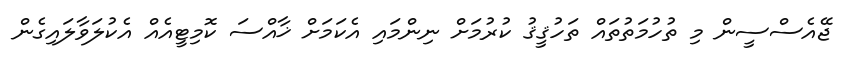
ޖޭއެސްސީން މި ތުހުމަތުތައް ތަހުޤީޤު ކުރުމަށް ނިންމައި އެކަމަށް ޚާއްސަ ކޮމިޓީއެއް އެކުލަވާލައިގެން